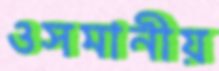
ওসমানীয়